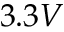
3 . 3 V